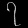
Digit: ၇